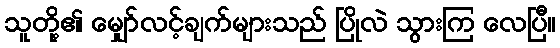
သူတို့၏ မျှော်လင့်ချက်များသည် ပြိုလဲ သွားကြ လေပြီ။